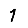
Digit: 1